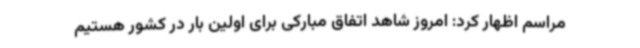
مراسم اظهار کرد: امروز شاهد اتفاق مبارکی برای اولین بار در کشور هستیم